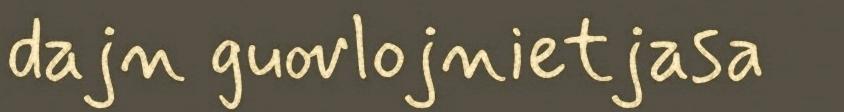
dajn guovlojnietjasa